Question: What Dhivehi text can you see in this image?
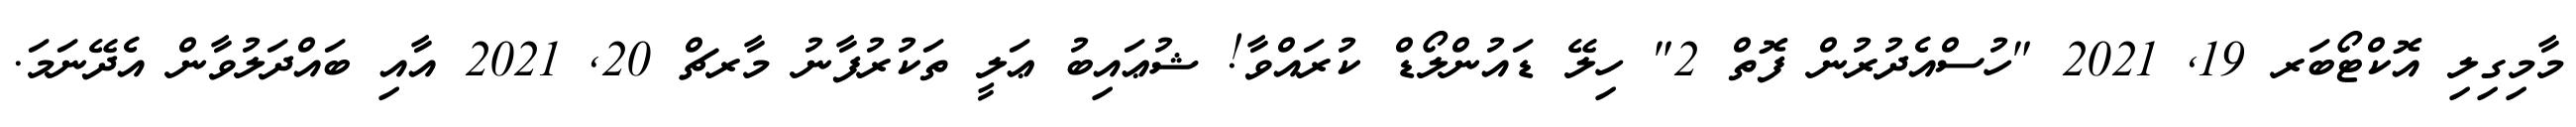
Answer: މާމިގިލި އޮކްޓޯބަރ 19, 2021 "ހުސްއެދުރުން ފޮތް 2" ހިލޭ ޑައުންލޯޑް ކުރައްވާ! ޝުޢައިބު ޢަލީ ތަކުރުފާނު މާރޗް 20, 2021 އާއި ބައްދަލުވާން އެދޭނަމަ.